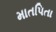
માતપિતા